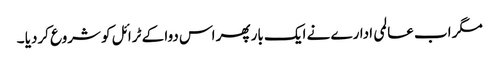
مگر اب عالمی ادارے نے ایک بار پھر اس دوا کے ٹرائل کو شروع کردیا ۔